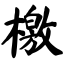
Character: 檄